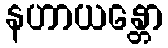
နဟာယန္တော